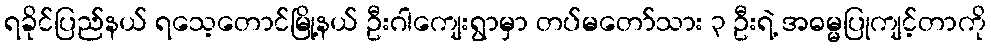
ရခိုင်ပြည်နယ် ရသေ့တောင်မြို့နယ် ဦးဂါကျေးရွာမှာ တပ်မတော်သား ၃ ဦးရဲ့ အဓမ္မပြုကျင့်တာကို